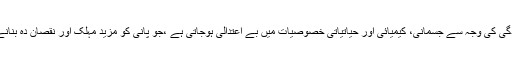
اس طرح پانی کی آلودگی کی وجہ سے جسمانی، کیمیائی اور حیاتیاتی خصوصیات میں بے اعتدالی ہوجاتی ہے ،جو پانی کو مزید مہلک اور نقصان دہ بنانے معاون ثابت ہوتاہے۔